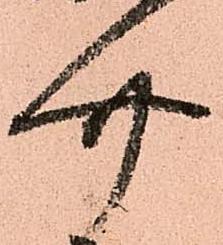
介